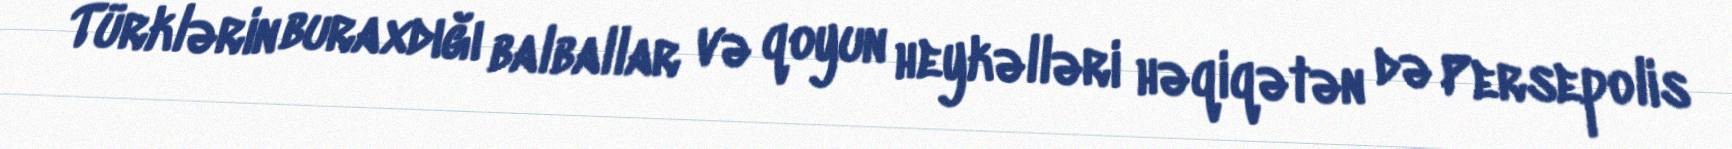
Türklərin buraxdığı balballar və qoyun heykəlləri həqiqətən də Persepolis